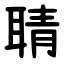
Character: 聙